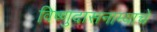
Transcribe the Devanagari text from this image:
विष्णुदासनाम्याचे